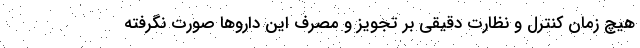
هیچ زمان کنترل و نظارت دقیقی بر تجویز و مصرف این داروها صورت نگرفته